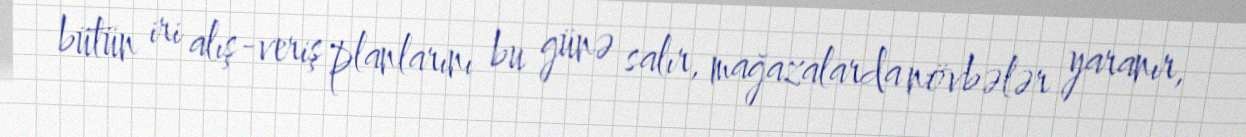
bütün iri alış-veriş planlarını bu günə salır, mağazalarda növbələr yaranır,